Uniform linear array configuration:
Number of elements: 16
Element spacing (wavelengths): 0.25
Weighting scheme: uniform
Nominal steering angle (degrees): -15
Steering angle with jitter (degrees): -14.257
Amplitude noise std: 0.05
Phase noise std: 0.05

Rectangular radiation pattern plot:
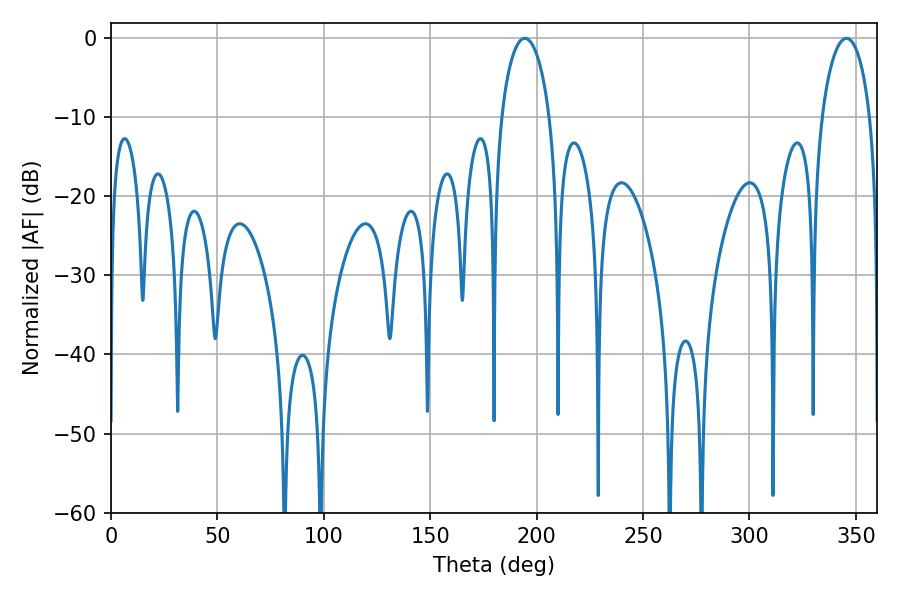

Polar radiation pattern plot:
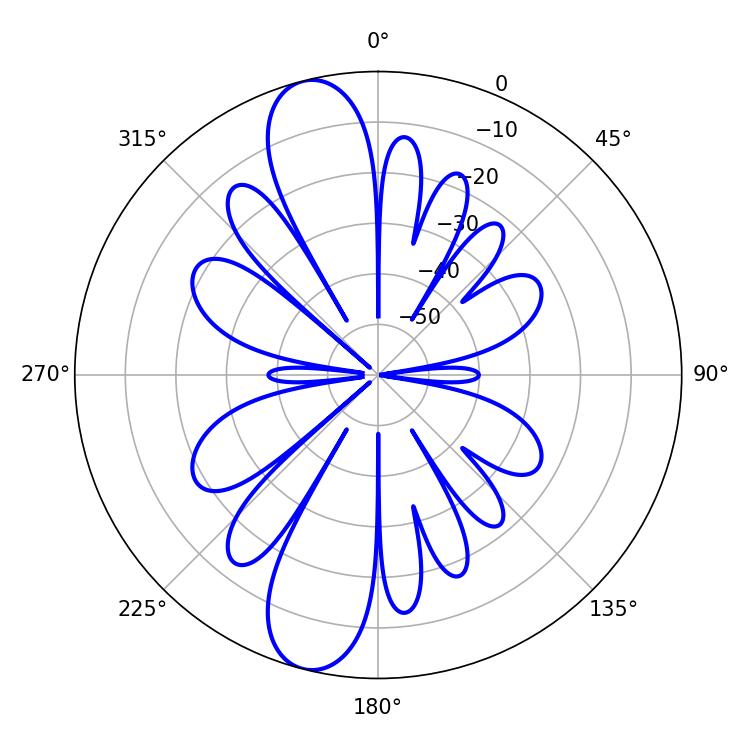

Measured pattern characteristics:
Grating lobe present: FALSE
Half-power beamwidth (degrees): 12.96
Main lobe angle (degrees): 194.4